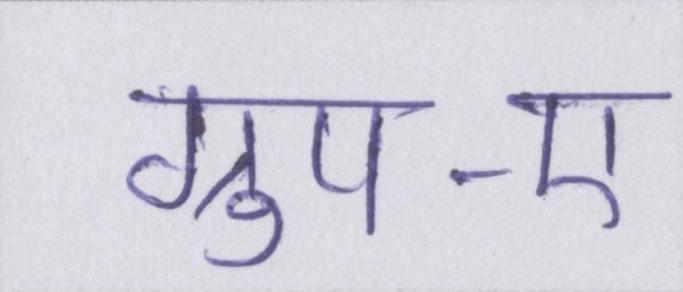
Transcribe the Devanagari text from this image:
ग्रुप-ए